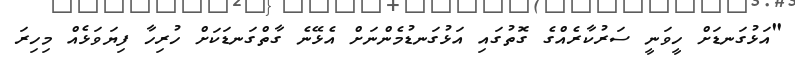
"އަޅުގަނޑަށް ހީވަނީ ސަރުކާރެއްގެ ގޮތުގައި އަޅުގަނޑުމެންނަށް އެޅޭނެ ގާތްގަނޑަކަށް ހުރިހާ ފިޔަވަޅެއް މިހިރަ